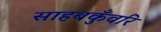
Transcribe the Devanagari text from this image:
साहबकुँवरि